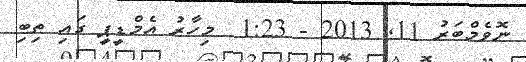
ނޮވެމްބަރު 11